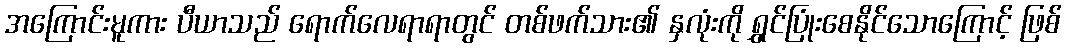
အကြောင်းမူကား ပီယာသည် ရောက်လေရာရာတွင် တစ်ဖက်သား၏ နှလုံးကို ရွှင်ပြုံးစေနိုင်သောကြောင့် ဖြစ်